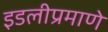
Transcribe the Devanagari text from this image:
इडलीप्रमाणे